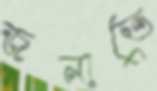
জনাতে